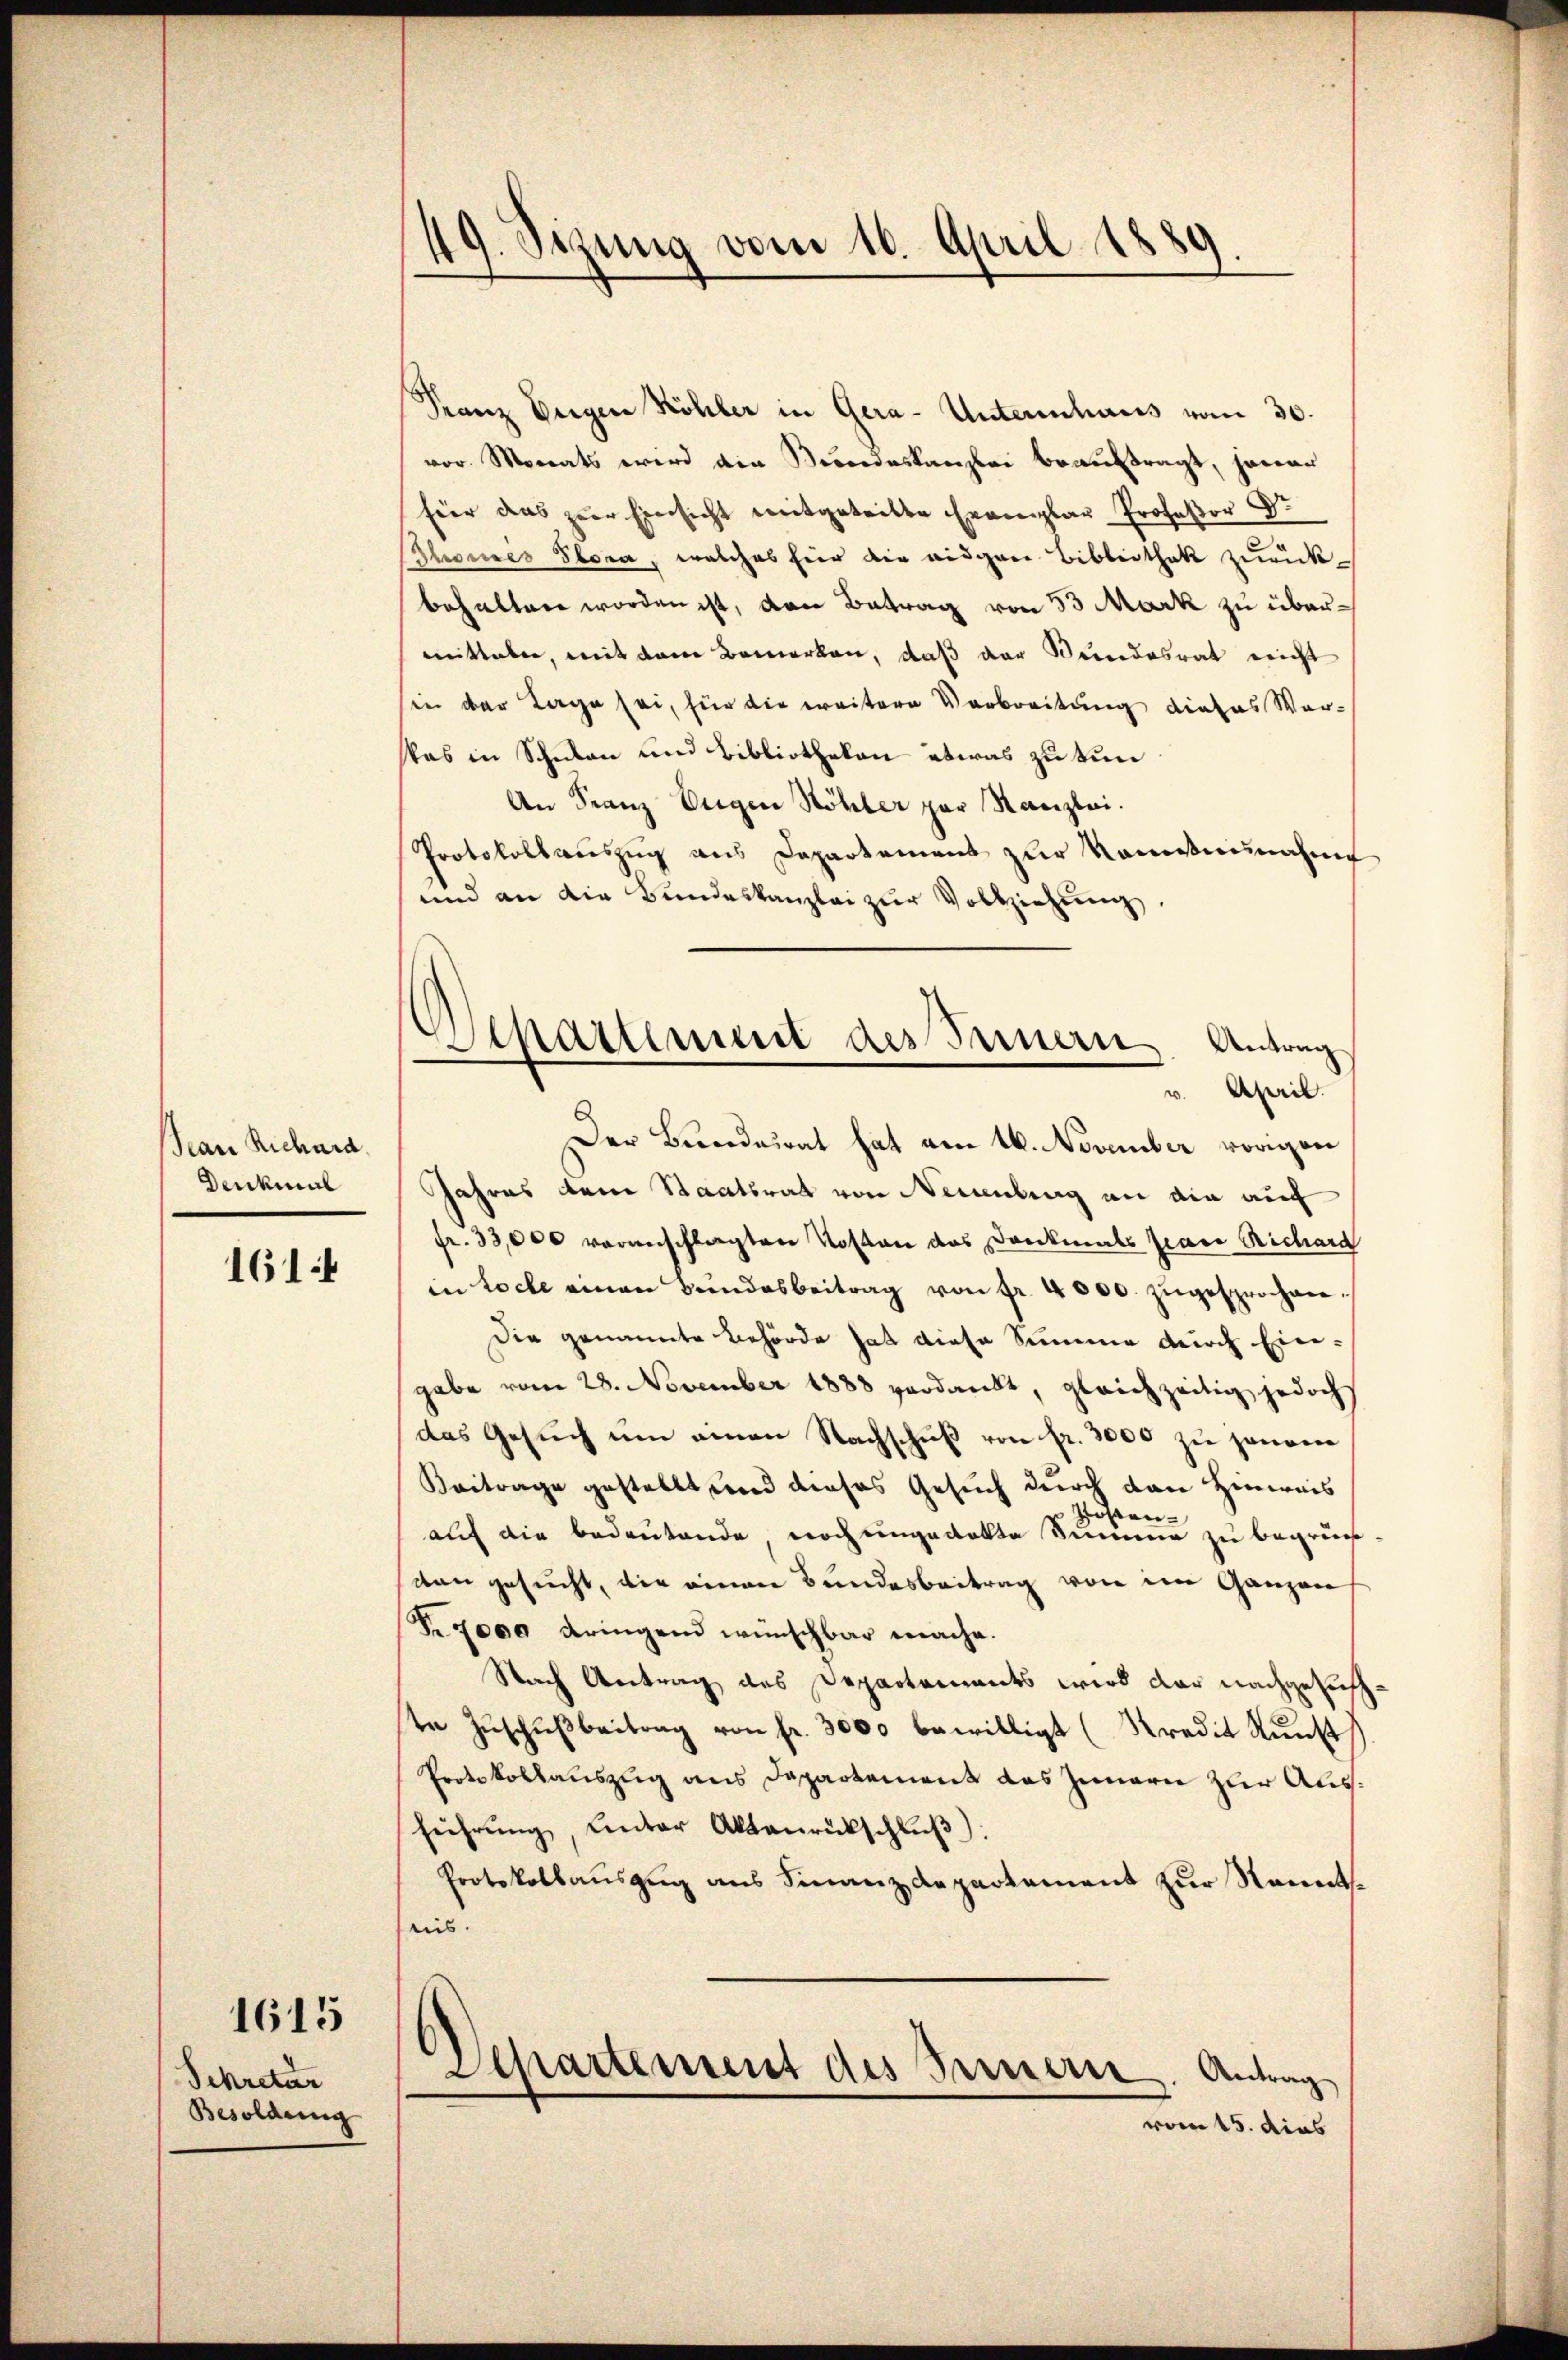
Jean Richard.
Denkmal

1614

1615

Schretar
Besoldung

Franz beigen Köhler in Gera- Unterenhaus vom 30.
vor. Monats wird die Bundeskanzlei beauftragt, jener
hier das zur Einsicht mitgeteilte Exemplar Professor Dr.
Shonnes Stora, welches hier die eidgene Bibliothek zurückbehalten worden ist, den Betrag von 53 Mark zu übermitteler, mit dem Bemerken, daß der Bundesrat nicht
en der Tage sei, für die weitere Verbreitung dieses Verkas in Schulen und Bibliotheken etwas zu tun
An Franz Eugen Höhler par Kanzlei.
Protokollauszug aus Departement zŭr Komistinnahme
und an die Bundeskanzlei zur Vollziehung,

9. Sizung vom 16. April 1889

Departement des Innern Antrag
v. April.

Der Beendesrat hat am 16. November vorigen
Jahres dem Staatsrat von Neuenburg an die auf
fr. 33,000 voranschlagten Kosten das Dankmals frau Richard
in toche einen Bŭndesbeitrag von fr. 4000. zŭgesprochen.
Die genannte Behörde hat diese Simmer durch Ein-
gabe vom 28. November 1888 verdankt, gleichzeitig jedoch
das Gesuch um einen Nachschuß von fr. 3000 zu soname
Beitrage gestellt und dieses Gesuch durch den Hinweis
zosen-
auf die bedeutende noch eingedekte Summe zu begrün
von gesucht, die einen Bundesbeitrag von im Ganzen
Nr. 7000 dringend wünschbar mache.
Nach Antrag des Departements wird dar nachgesuchte Zŭschŭβbeitrag von fr. 3000 bewilligt (Kredit Kunst
Protokollauszug aus Departement das Innern zur Ausführŭng, unter Aktaŭrückschlŭβ:
Protokollauszug aus Finanzdepartement zur Namentsend.
Departement des Bernern. Antrag
vom 15. dies